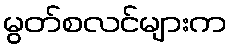
မွတ်စလင်များက